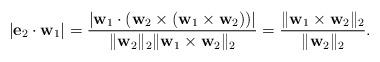
LaTeX: \begin{align*}|\mathbf{e}_2\cdot \mathbf{w}_1|=\frac{|\mathbf{w}_1\cdot (\mathbf{w}_2\times(\mathbf{w}_1\times\mathbf{w}_2))|}{\|\mathbf{w}_2\|_2\|\mathbf{w}_1\times\mathbf{w}_2\|_2}=\frac{\|\mathbf{w}_1\times\mathbf{w}_2\|_2}{\|\mathbf{w}_2\|_2}.\end{align*}